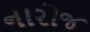
નારોજ